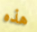
هذه